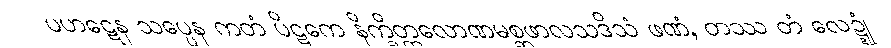
ပဟဋေန သပ္ပေန ကတံ ပိဋကေ နိက္ခိတ္တလောဏမစ္ဆဖာလသဒိသံ ဖဏံ, တဿ တံ လေဍ္ဍုံ